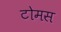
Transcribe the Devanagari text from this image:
टोमस